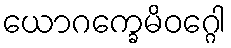
ယောဂက္ခေမိဝဂ္ဂေါ